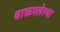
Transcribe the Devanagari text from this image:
बाळगलेल्या